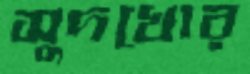
সুদখোর